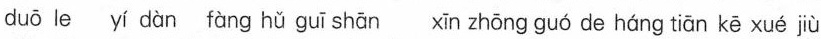
duǒ le yí dàn fàng hǚ guī shān in zhōng gu6de háng liōn kē xué jù